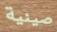
صينية